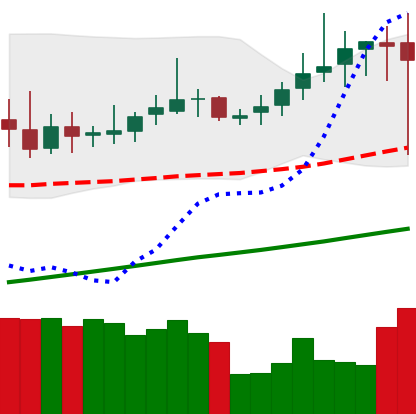
Ticker: DOGE-USD
Chart end date: 2019-06-27
Forward return: -3.755%
Label: down_3_5